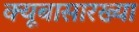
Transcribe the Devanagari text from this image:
क्यूबासारख्या